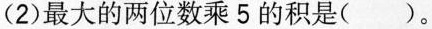
(2)最大的两位数乘5的积是()。